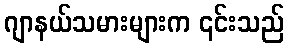
ဂျာနယ်သမားများက ၎င်းသည်